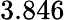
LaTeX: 3.846